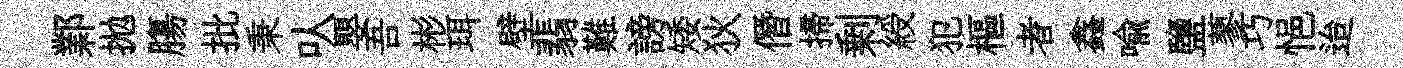
鄴拋膓批秉㕥嬰吾彬珥壁翡難謗矮狄僭掃剰綬犯樞者鑫喻鹽蓼巧悒迨